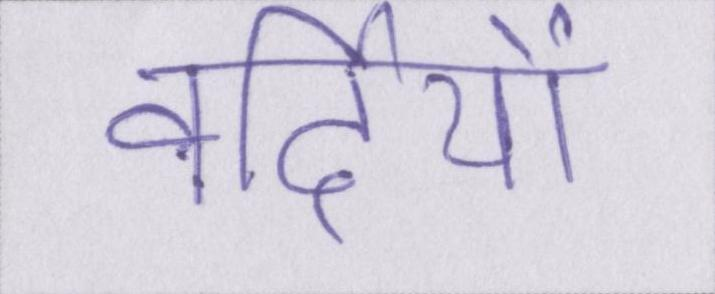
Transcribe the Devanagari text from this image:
वर्दियों